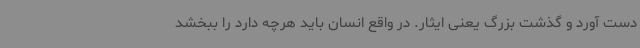
دست آورد و گذشت بزرگ یعنی ایثار. در واقع انسان باید هرچه دارد را ببخشد